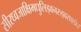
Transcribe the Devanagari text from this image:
सीरध्वजाक्षिमधुलिड्वनरुड्वराङ्घ्रेः।